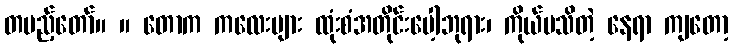
တပည့်တော်။ ။ တောက ကလေးများ ထုံးစံအတိုင်းပေါ့ဘုရား၊ ကိုယ်မသိတဲ့ နေရာ ကျတော့